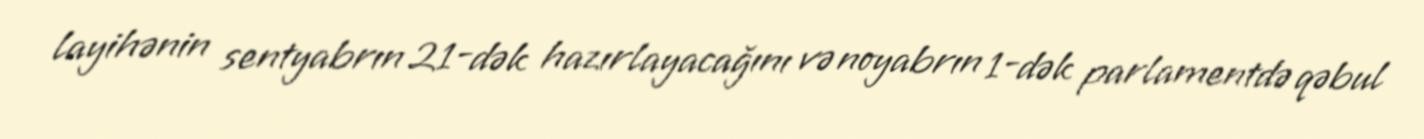
layihənin sentyabrın 21-dək hazırlayacağını və noyabrın 1-dək parlamentdə qəbul